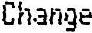
CHANGE